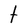
Character: t